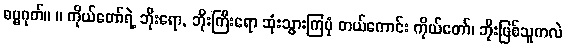
ဓမ္မဂုတ်။ ။ ကိုယ်တော်ရဲ့ ဘိုးရော, ဘိုးကြီးရော ဆုံးသွားကြပုံ တယ်ကောင်း ကိုယ်တော်၊ ဘိုးဖြစ်သူကလဲ